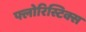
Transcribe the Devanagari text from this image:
फ्लोरिस्टिक्स